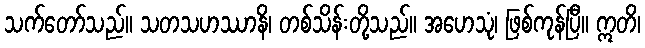
သက်တော်သည်။ သတသဟဿာနိ၊ တစ်သိန်းတို့သည်။ အဟေသုံ၊ ဖြစ်ကုန်ပြီ။ ဣတိ၊